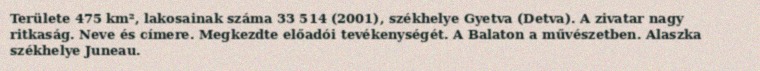
Területe 475 km², lakosainak száma 33 514 (2001), székhelye Gyetva (Detva). A zivatar nagy ritkaság. Neve és címere. Megkezdte előadói tevékenységét. A Balaton a művészetben. Alaszka székhelye Juneau.